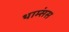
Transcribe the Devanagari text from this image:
थाम्संस